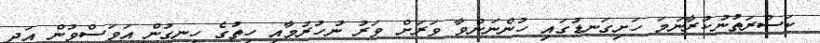
ކަސްރަތުނުކުރާނަމަ ހަށިގަނޑުގައި ހުންނަންވާ ވަރަށް ވަރު ނުހުރުމާއި ހިތުގެ ހިނގުން އަވަސްވުން އަދި